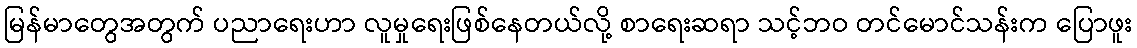
မြန်မာတွေအတွက် ပညာရေးဟာ လူမှုရေးဖြစ်နေတယ်လို့ စာရေးဆရာ သင့်ဘဝ တင်မောင်သန်းက ပြောဖူး